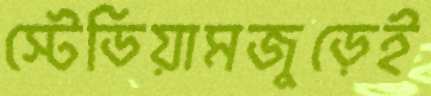
স্টেডিয়ামজুড়েই